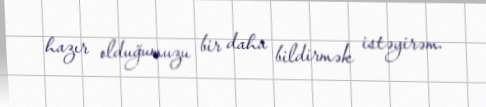
hazır olduğumuzu bir daha bildirmək istəyirəm.